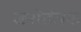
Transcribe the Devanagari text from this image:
जनोत्तेजक